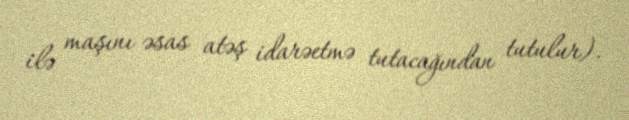
ilə maşını əsas atəş idarəetmə tutacağından tutulur).